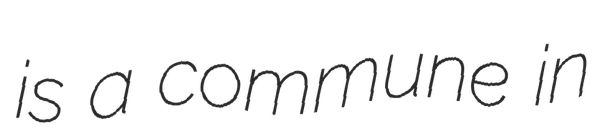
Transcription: is a commune in